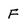
Character: F